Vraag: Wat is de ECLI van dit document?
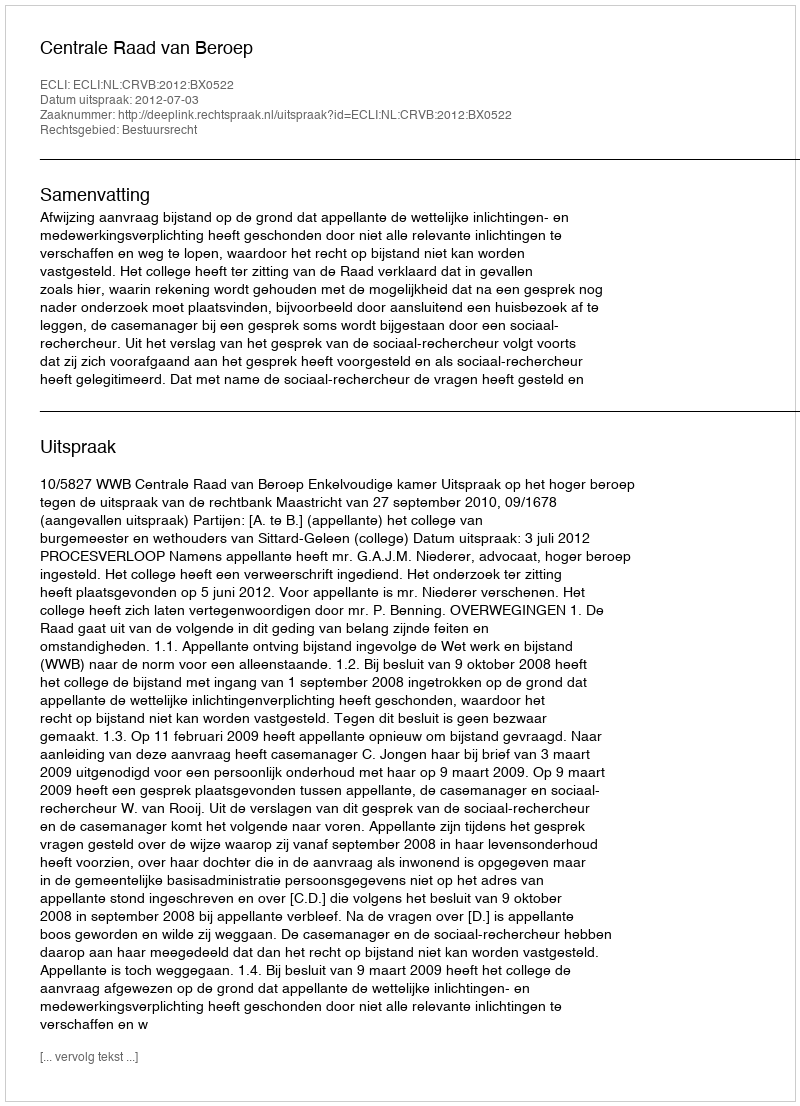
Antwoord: ECLI:NL:CRVB:2012:BX0522